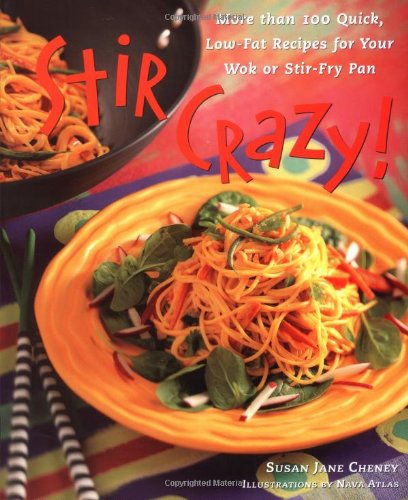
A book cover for Stir Crazy! : More than 100 Quick, Low-Fat Recipes for Your Wok or Stir-Fry Pan; Susan Jane Cheney; Cookbooks, Food & Wine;